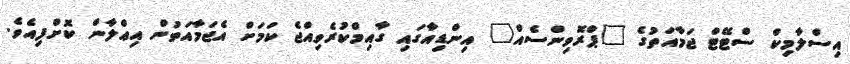
އިސްލާމިކް ސްޓޭޓް ޖަމާއަތުގެ "ޕްރޮވިންސެއް" އިންޑިއާގައި ގާއިމްކުރެވިއްޖެ ކަމަށް އެޖަމާއަތުން އިޢްލާން ކޮށްފިއެވެ.